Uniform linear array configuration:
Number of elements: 64
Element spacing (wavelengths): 0.25
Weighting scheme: uniform
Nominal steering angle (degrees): -45
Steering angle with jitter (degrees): -43.321
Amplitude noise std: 0.05
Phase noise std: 0.05

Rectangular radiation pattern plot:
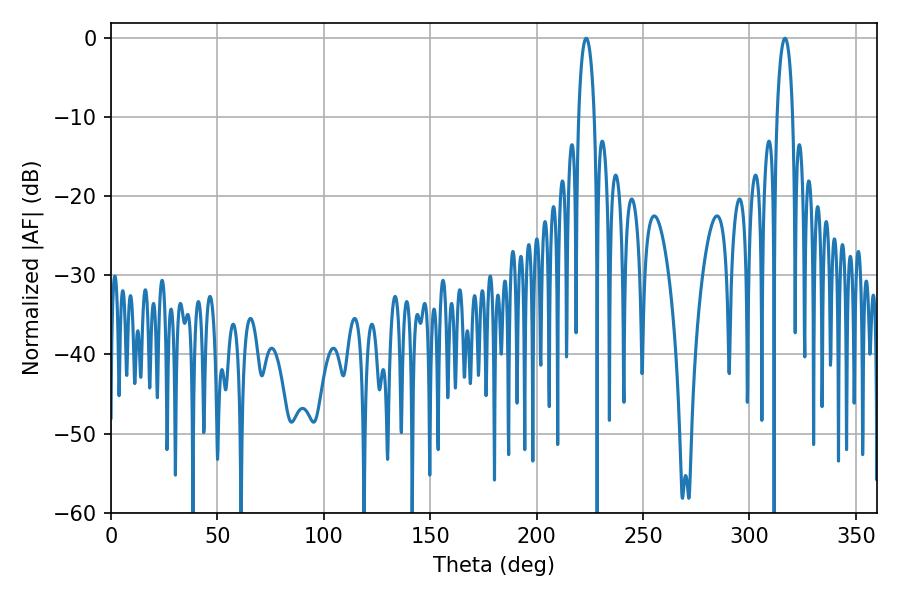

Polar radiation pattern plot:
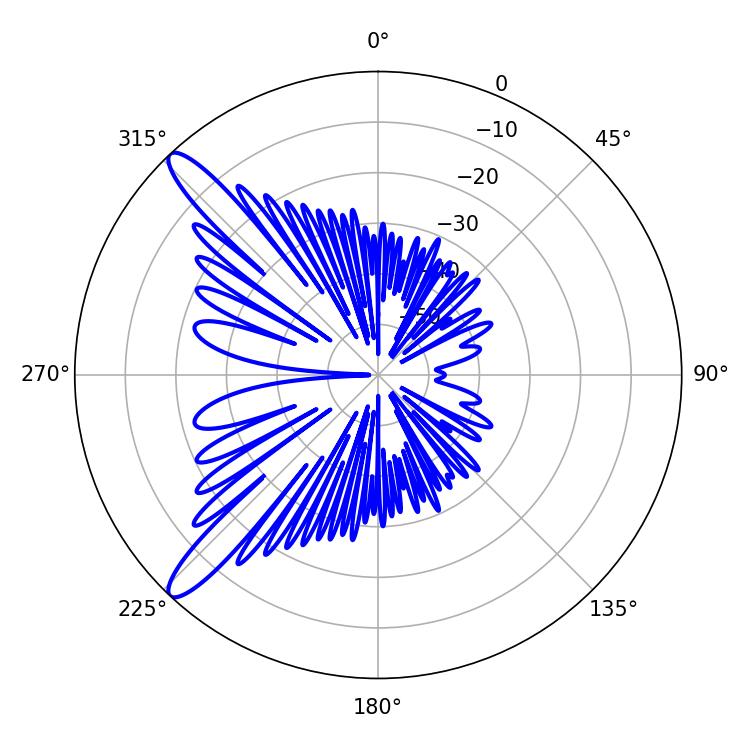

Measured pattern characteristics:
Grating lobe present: FALSE
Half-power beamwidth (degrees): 4.14
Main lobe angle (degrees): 223.38